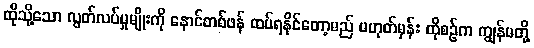
ထိုသို့သော လွတ်လပ်မှုမျိုးကို နောင်တစ်ဖန် ထပ်ရနိုင်တော့မည် မဟုတ်မှန်း ထိုစဉ်က ကျွန်မတို့